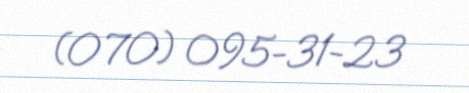
(070) 095-31-23